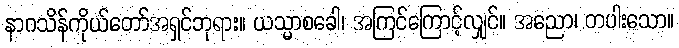
နာဂသိန်ကိုယ်တော်အရှင်ဘုရား။ ယသ္မာစခေါ၊ အကြင်ကြောင့်လျှင်။ အညော၊ တပါးသော။